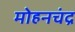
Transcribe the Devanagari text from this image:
मोहनचंद्र